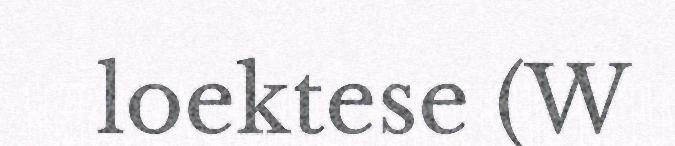
loektese (W